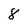
Character: 8